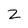
Character: 2